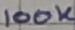
Text: 100K